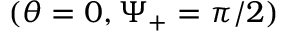
( \theta = 0 , \Psi _ { + } = \pi / 2 )